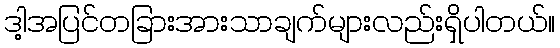
ဒါ့အပြင်တခြားအားသာချက်များလည်းရှိပါတယ်။